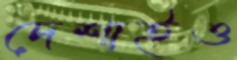
দেশাইও